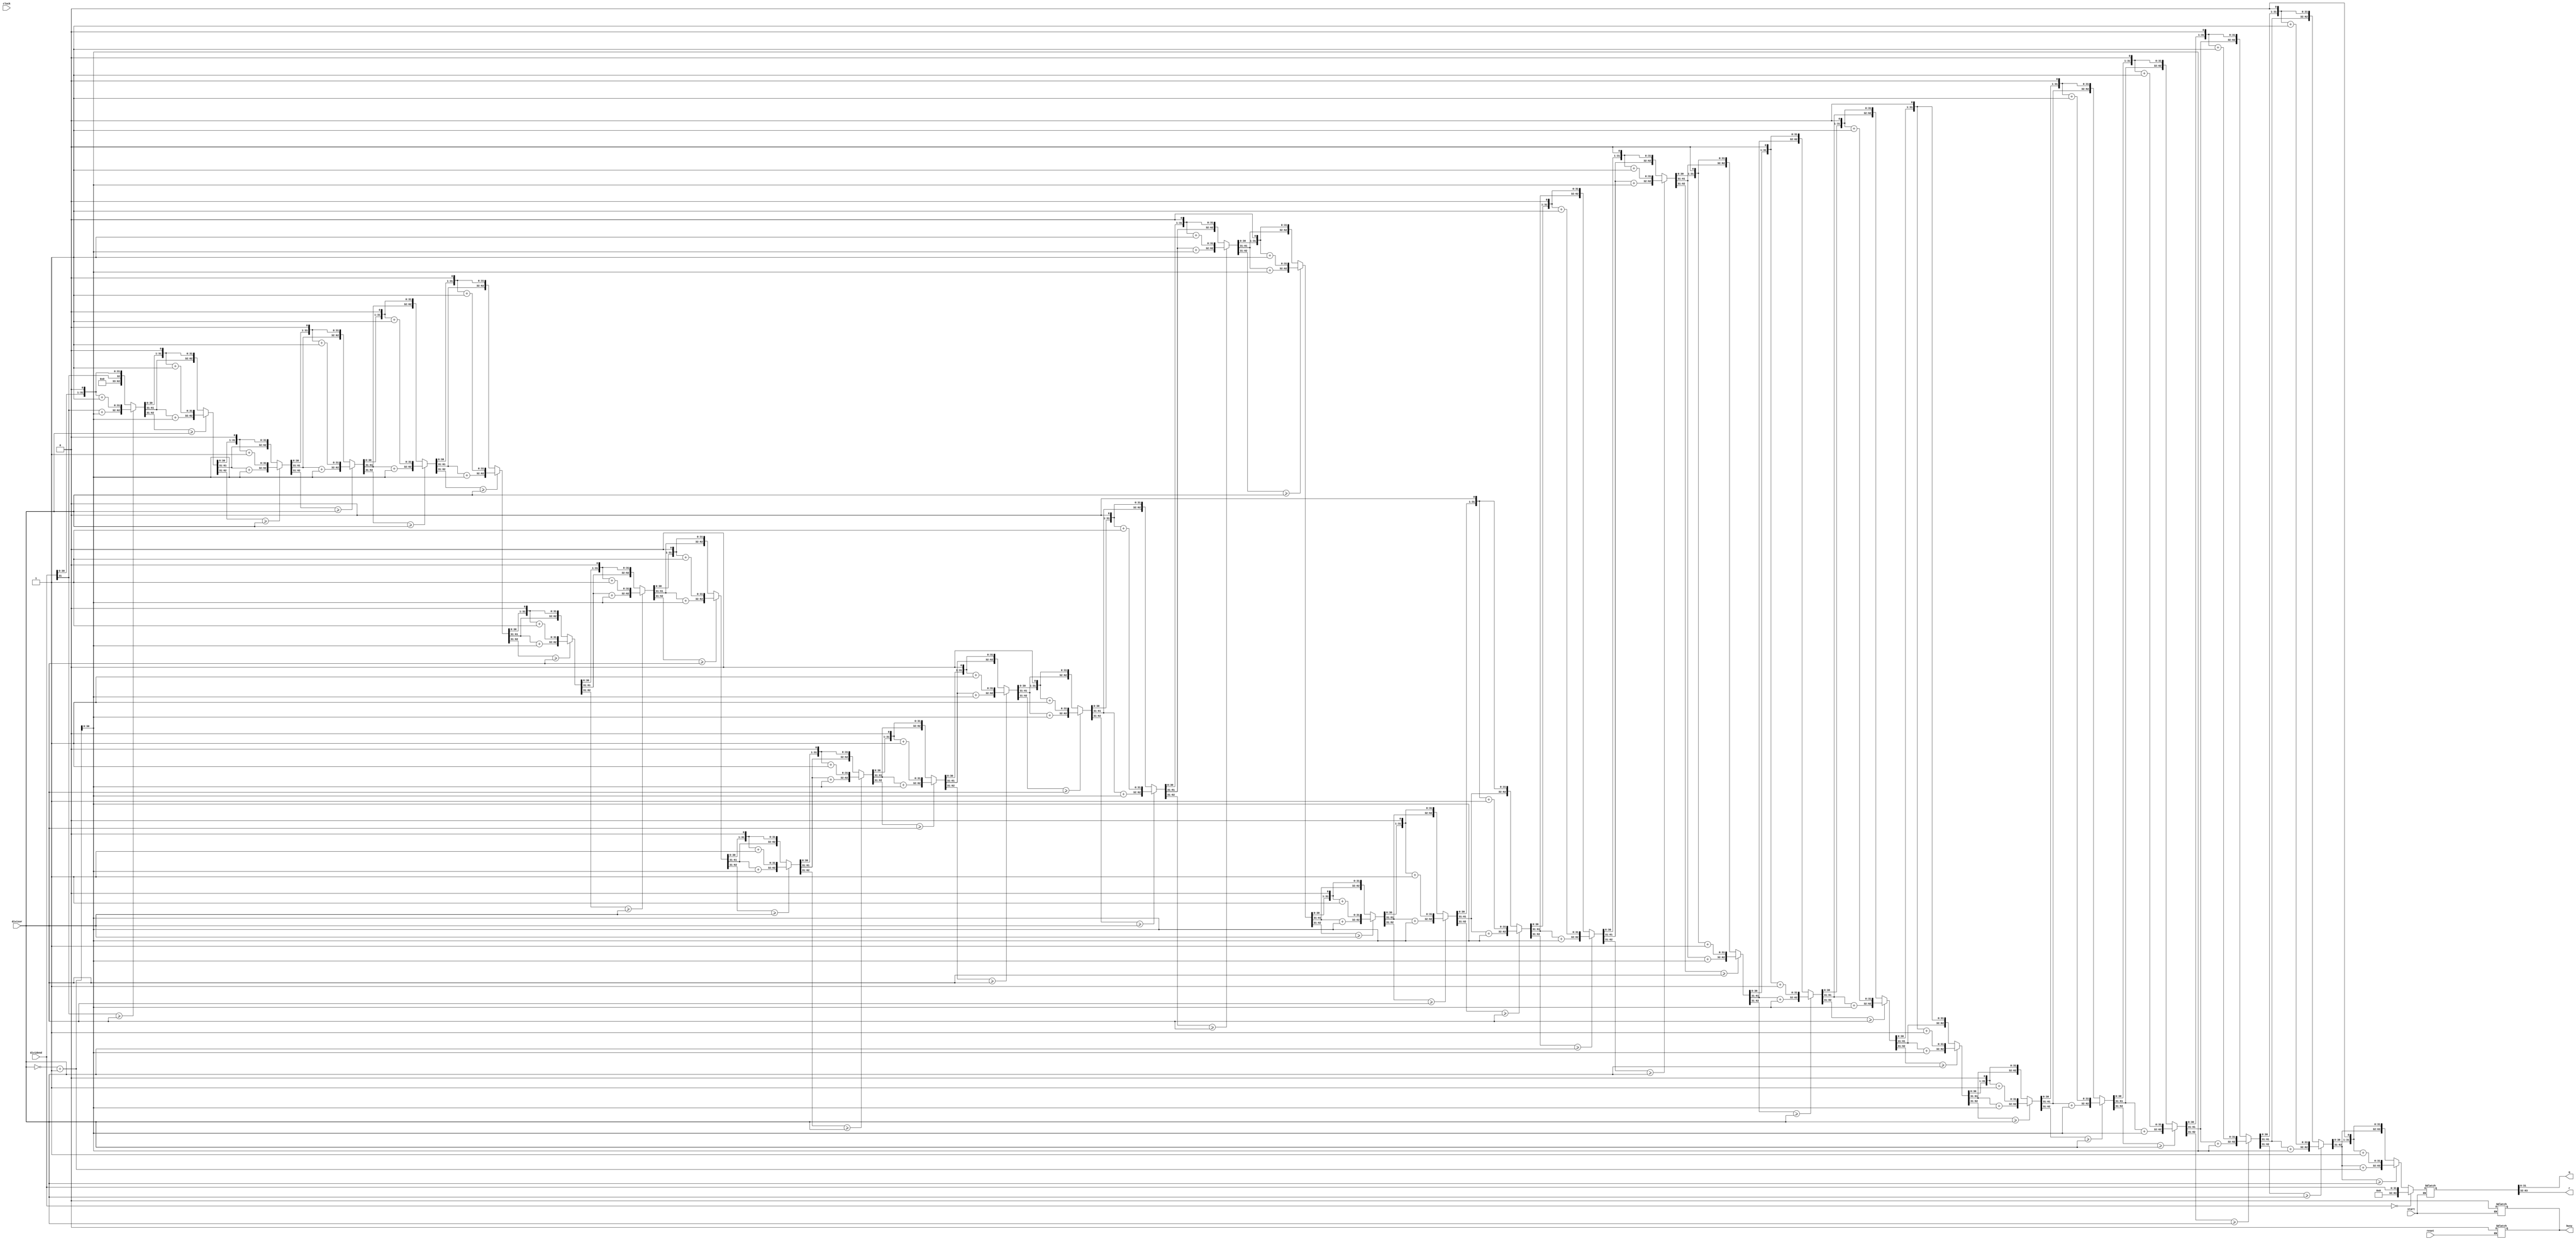
// DIVU.v

module DIVU(
    input [31:0] dividend,
    input [31:0] divisor,
    input start,    //start=is_div&~busy
    input clock,
    input reset,
    output [31:0]q,   //
    output [31:0]r,   //
    output busy    //
    );
    reg is_busy;
    reg[31:0]pos_divisor;
    reg[31:0]neg_divisor;
    reg [63:0]save;
    
    assign busy=is_busy;
    assign q=save[31:0];
    assign r=save[63:32];

    integer i;
    always@(*)
    begin
        if(reset)
            is_busy=1'b0;
    end
    always@(*)
    begin
        if(start)
        begin
            is_busy=1'b1;
            save={32'b0,dividend};
            pos_divisor=divisor;
            neg_divisor=~pos_divisor+1;
            if(save==64'b0)   //0
                save={32'b0,dividend};
            else
            begin
                for(i=0;i<32;i=i+1)
                begin
                    save={save[62:0],1'b0};
                    if(save[63:32]>=pos_divisor)
                        save={save[63:32]+neg_divisor,save[31:0]+1'b1};
                    else
                    ;
                end
            end
            is_busy=1'b0;
        end
    end
endmodule